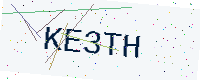
Text: KE3TH